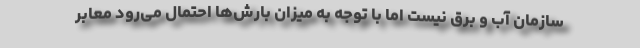
سازمان آب و برق نیست اما با توجه به میزان بارش‌ها احتمال می‌رود معابر